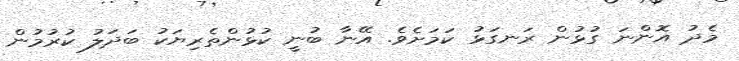
މެދު އޮންނަ ގުޅުން ރަނގަޅު ކަމަށެވެ. އޭނާ ބުނީ ކުޅުންތެރިޔަކު ބަދަލު ކުރުމުން